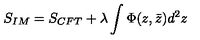
{ S _ { I M } = S _ { C F T } + \lambda \int \Phi ( z , \bar { z } ) d ^ { 2 } z }